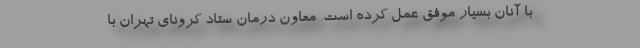
با آنان بسیار موفق عمل کرده است. معاون درمان ستاد کرونای تهران با